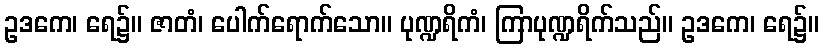
ဥဒကေ၊ ရေ၌။ ဇာတံ၊ ပေါက်ရောက်သော။ ပုဏ္ဍရိကံ၊ ကြာပုဏ္ဍရိက်သည်။ ဥဒကေ၊ ရေ၌။